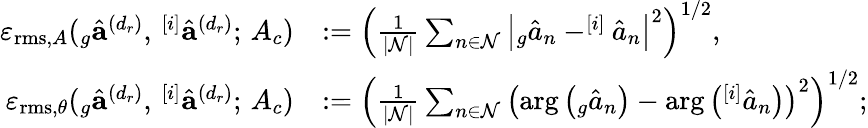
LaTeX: \begin{array}{rl}{\varepsilon_{\mathrm{rms},A}(_{g}\hat{\mathbf{a}}^{(d_{r})},\, ^{[i]}\hat{\mathbf{a}}^{(d_{r})};\, A_{c})}&{:=\left(\frac{1}{|\mathcal{N}|}\sum_{n\in\mathcal{N}}\left|_{g}\hat{a}_{n}-^{[i]}\hat{a}_{n}\right|^{2}\right)^{1/2},}\\ {\varepsilon_{\mathrm{rms},\theta}(_{g}\hat{\mathbf{a}}^{(d_{r})},\, ^{[i]}\hat{\mathbf{a}}^{(d_{r})};\, A_{c})}&{:=\left(\frac{1}{|\mathcal{N}|}\sum_{n\in\mathcal{N}}\left(\arg\left(_{g}\hat{a}_{n}\right)-\arg\left(^{[i]}\hat{a}_{n}\right)\right)^{2}\right)^{1/2};}\end{array}